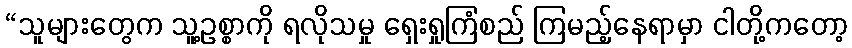
“သူများတွေက သူ့ဥစ္စာကို ရလိုသမှု ရှေးရှုကြံစည် ကြမည့်နေရာမှာ ငါတို့ကတော့